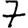
Digit: 7